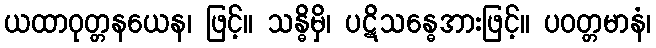
ယထာဝုတ္တနယေန၊ ဖြင့်။ သန္ဓိမှိ၊ ပဋိသန္ဓေအားဖြင့်။ ပဝတ္တမာနံ၊